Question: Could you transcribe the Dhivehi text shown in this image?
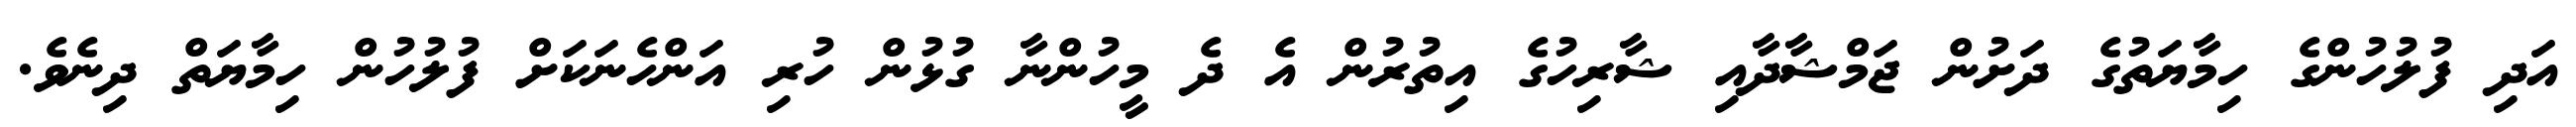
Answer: އަދި ފުލުހުންގެ ހިމާޔަތުގެ ދަށުން ޖަމްޝާދާއި ޝާރިހުގެ އިތުރުން އެ ދެ މީހުންނާ ގުޅުން ހުރި އަންހެނަކަށް ފުލުހުން ހިމާޔަތް ދިނެވެ.